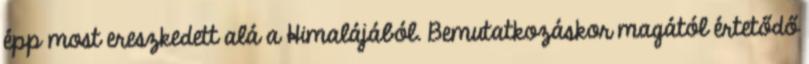
épp most ereszkedett alá a Himalájából. Bemutatkozáskor magától értetődő